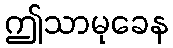
ဤသာမုခေန